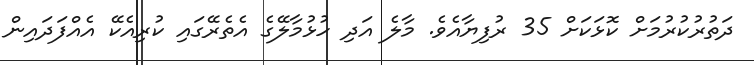
ދަތުރުކުރުމަށް ކޮޅަކަށް 35 ރުފިޔާއެވެ. މާލެ އަދި ހުޅުމާލޭގެ އެތެރޭގައި ކުރިއެކޭ އެއްފަދައިން